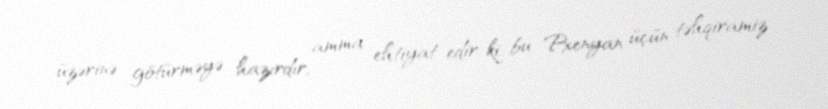
üzərinə götürməyə hazırdır, amma ehtiyat edir ki, bu Pxenyan üçün təhqiramiz